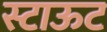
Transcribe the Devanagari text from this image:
स्टाऊट